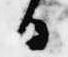
日